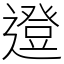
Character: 邆